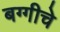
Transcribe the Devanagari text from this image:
बग्गीचे